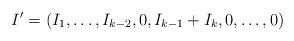
LaTeX: \begin{align*}I' = (I_1,\ldots,I_{k-2},0,I_{k-1} + I_k,0,\ldots,0)\end{align*}